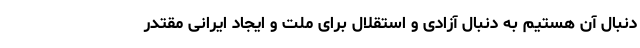
دنبال آن هستیم به دنبال آزادی و استقلال برای ملت و ایجاد ایرانی مقتدر